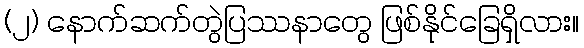
(၂) နောက်ဆက်တွဲပြဿနာတွေ ဖြစ်နိုင်ခြေရှိလား။